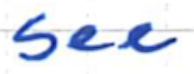
Text: see
Cross-out: clean
Writing tool: ballpoint